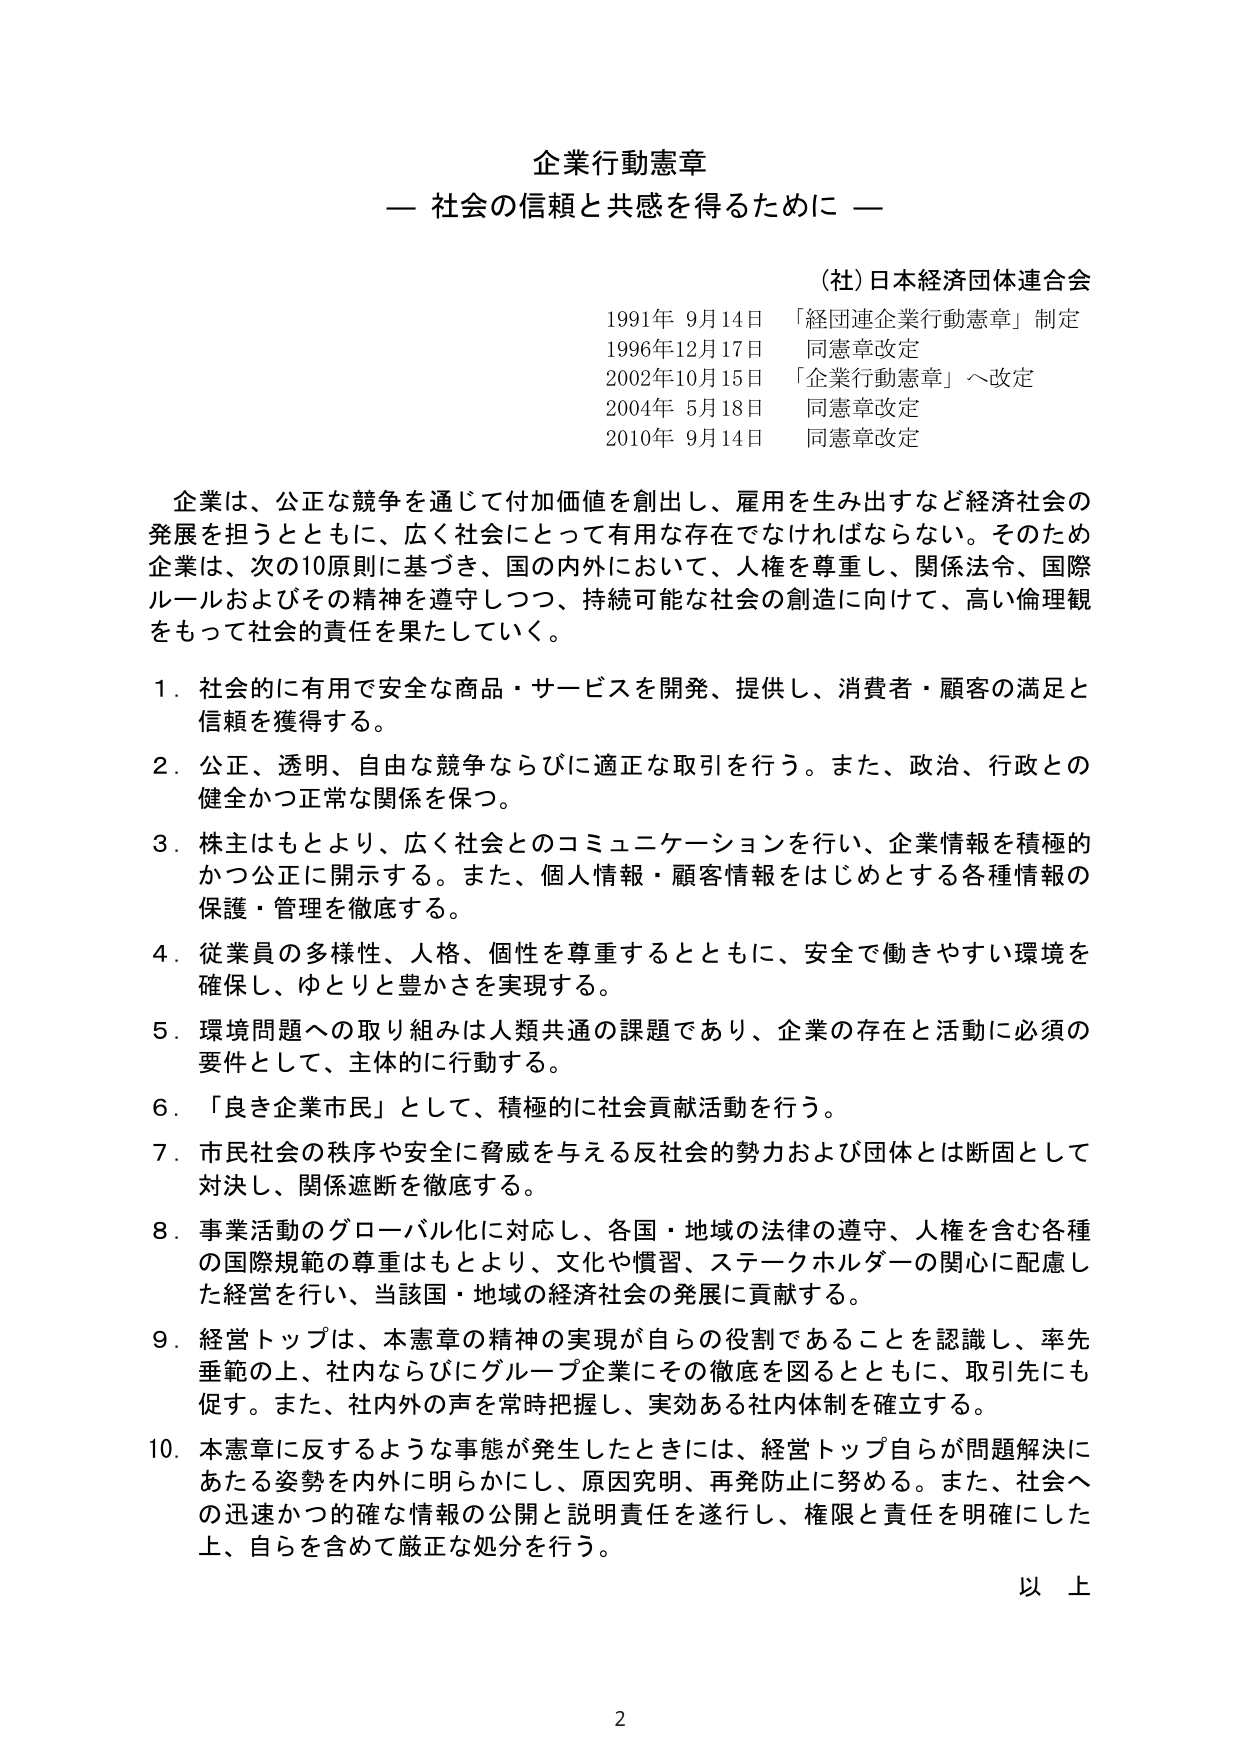
企業行動憲章
— 社会の信頼と共感を得るために —

（社）日本経団体連合会
1991年 9月14日 「経団連企業行動憲章」制定
1996年12月17日 同憲章改定
2002年10月15日 「企業行動憲章」へ改定
2004年 5月18日 同憲章改定
2010年 9月14日 同憲章改定

企業は、公正な競争を通じて付加価値を創出し、雇用を生み出すなど経済社会の発展を担うとともに、広く社会にとって有用な存在でなければならない。そのため企業は、次の10原則に基づき、国の内外において、人権を尊重し、関係法令、国際ルールおよびその精神を遵守しつつ、持続可能な社会の創造に向けて、高い倫理観をもって社会的責任を果たしていく。

1．社会的に有用で安全な商品・サービスを開発、提供し、消費者・顧客の満足と信頼を獲得する。
2．公正、透明、自由な競争ならびに適正な取引を行う。また、政治、行政との健全かつ正常な関係を保つ。
3．株主はもとより、広く社会とのコミュニケーションを行い、企業情報を積極的かつ公正に開示する。また、個人情報・顧客情報をはじめとする各種情報の保護・管理を徹底する。
4．従業員の多様性、人格、個性を尊重するとともに、安全で働きやすい環境を確保し、ゆとりと豊かさを実現する。
5．環境問題への取り組みは人類共通の課題であり、企業の存在と活動に必須の要件として、主体的に行動する。
6．「良き企業市民」として、積極的に社会貢献活動を行う。
7．市民社会の秩序や安全に脅威を与える反社会的勢力および団体とは断固として対決し、関係遮断を徹底する。
8．事業活動のグローバル化に対応し、各国・地域の法律の遵守、人権を含む各種の国際規範の尊重はもとより、文化や慣習、ステークホルダーの関心に配慮した経営を行い、当該国・地域の経済社会の発展に貢献する。
9．経営トップは、本憲章の精神の実現が自らの役割であることを認識し、率先垂範の上、社内ならびにグループ企業にその徹底を図るとともに、取引先にも促す。また、社内外の声を常時把握し、実効ある社内体制を確立する。
10．本憲章に反するような事態が発生したときには、経営トップ自らが問題解決にあたる姿勢を内外に明らかにし、原因究明、再発防止に努める。また、社会への迅速かつ的確な情報の公開と説明責任を遂行し、権限と責任を明確にした上、自らを含めて厳正な処分を行う。

以上

2